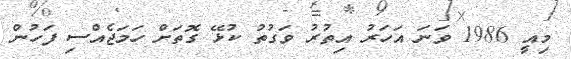
މިއީ 1986 ވަނަ އަހަރު އިތުރު ވަގުތު ކުޅޭ ގޮތަށް ހަމަޖެއްސި ފަހުން